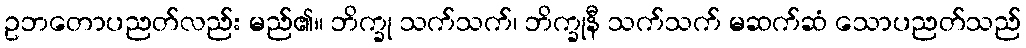
ဥဘတောပညတ်လည်း မည်၏။ ဘိက္ခု သက်သက်၊ ဘိက္ခုနီ သက်သက် မဆက်ဆံ သောပညတ်သည်